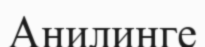
Анилинге